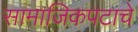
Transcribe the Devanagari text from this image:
सामाजिकपटाचे